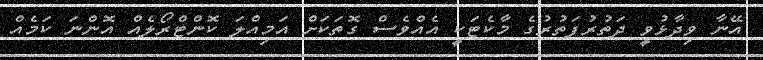
އޭނާ ވިދާޅުވީ ދަތުރުފަތުރުގެ މާކެޓަކީ އެއްވެސް ގޮތަކަށް އަމިއްލަ ކޮންޓްރޯލެއް އޮންނަ ކަމެއް